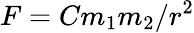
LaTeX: F=C{m_{1}m_{2}}/{r^{2}}